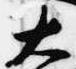
大